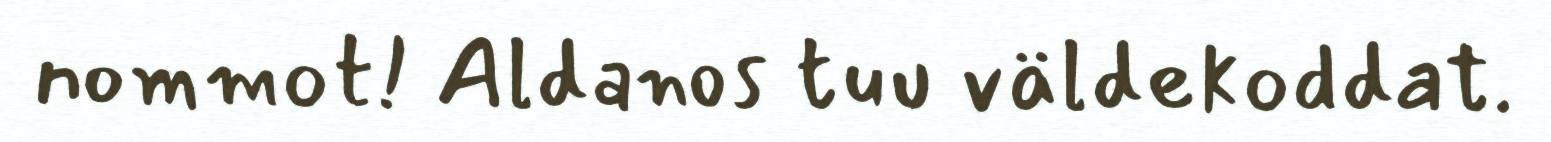
nommot! Aldanos tuu väldekoddat.